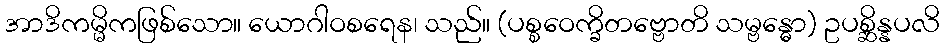
အာဒိကမ္မိကဖြစ်သော။ ယောဂါဝစရေန၊ သည်။ (ပစ္စဝေက္ခိတဗ္ဗောတိ သမ္ဗန္ဓော) ဥပစ္ဆိန္နပလိ